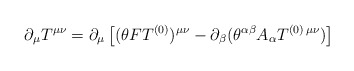
\begin{align*}\partial_{\mu} T^{\mu\nu} = \partial_{\mu}\left[(\theta FT^{(0)})^{\mu\nu} - \partial_{\beta} (\theta^{\alpha\beta} A_{\alpha} T^{(0)\,\mu\nu})\right]\end{align*}